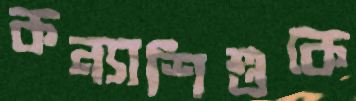
কন্যাশিশুকে